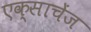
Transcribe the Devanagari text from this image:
एक्साचेंज